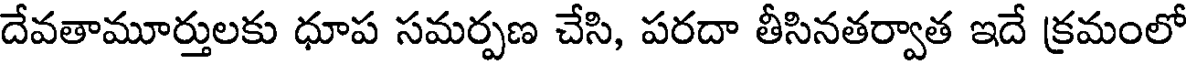
దేవతామూర్తులకు ధూప సమర్పణ చేసి, పరదా తీసినతర్వాత ఇదే క్రమంలో